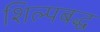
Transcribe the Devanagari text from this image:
शिल्पबद्ध